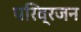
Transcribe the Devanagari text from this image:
परिव्रजन